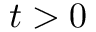
t > 0